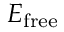
E _ { \mathrm { f r e e } }